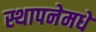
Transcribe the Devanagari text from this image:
स्थापनेमधे